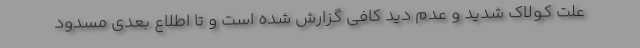
علت کولاک شدید و عدم دید کافی گزارش شده است و تا اطلاع بعدی مسدود